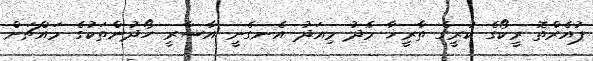
ޕުއެރްތޮ ރީކޯގެ ކުރީގެ ތާރީޚާ މެދު މިއަދު އެނގެނީ އާސާރީ ހޯދުންތަކުގެ މައްޗަށް